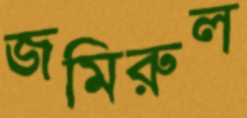
জমিরুল